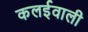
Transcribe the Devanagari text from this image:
कलईवाली